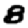
Digit: 8